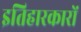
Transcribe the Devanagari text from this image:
इतिहारकारों